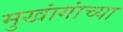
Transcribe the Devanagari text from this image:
मुखांगांच्या